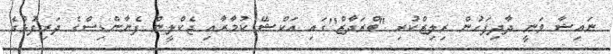
ނައިޝާ ވަނީ ދާދިފަހުން ރިލިޒްކުރި "ބްރަދާޒް"ގައި އަކްޝޭ ކުމާރާއި ޖެކްލީން ފެނާންޑިސްގެ ދަރިފުޅުގެ